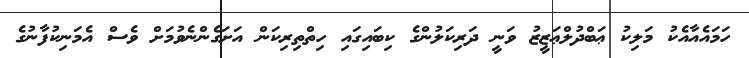
ހަމައެއާއެކު މަލިކު ޢަބްދުލްޢަޒީޒު ވަނީ ދަރިކަލުންގެ ކިބައިގައި ހިތްތިރިކަން އަށަގެންނެވުމަށް ވެސް އެމަނިކުފާނުގެ